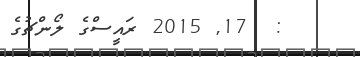
:  17